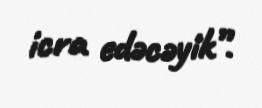
icra edəcəyik”.